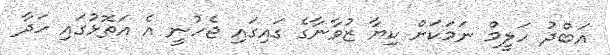
އަބްދު ހަލީމް ނަމަކަށް ކިޔާ ޒުވާނާގެ ގައިގައި ޖެހުނީ އެ އަތޮޅުގައި ހަދާ